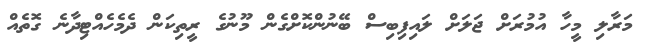
މަރާލި މީހާ އުމުރަށް ޖަލަށް ލައިފިބިސް ބޭނުންކޮށްގެން މޫނުގެ ރީތިކަން ދެމެހެއްޓިދާނެ ގޮތެއް